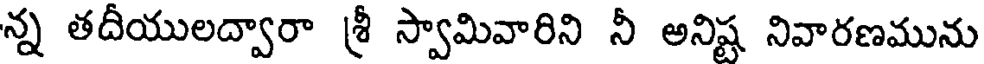
న్న తదీయులద్వారా శ్రీ స్వామివారిని నీ అనిష్ట నివారణమును